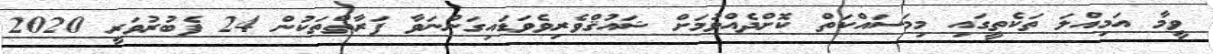
ވީމާ އަމިއްލަ ތަކެތީގައި މިމަސައްކަތް ކޮށްދެއްވުމަށް ޝައުޤްވެރިވެވަޑައިގަންނަވާ ފަރާތްތަކުން 24 ފެބުރުވަރީ 2020